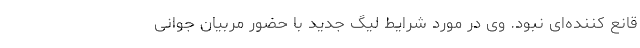
قانع کننده‌ای نبود. وی در مورد شرایط لیگ جدید با حضور مربیان جوانی